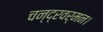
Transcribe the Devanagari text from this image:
चन्द्रवर्मन।